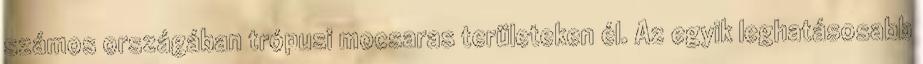
számos országában trópusi mocsaras területeken él. Az egyik leghatásosabb